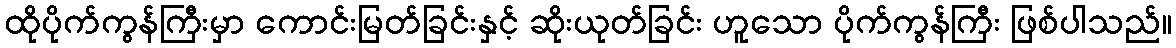
ထိုပိုက်ကွန်ကြီးမှာ ကောင်းမြတ်ခြင်းနှင့် ဆိုးယုတ်ခြင်း ဟူသော ပိုက်ကွန်ကြီး ဖြစ်ပါသည်။